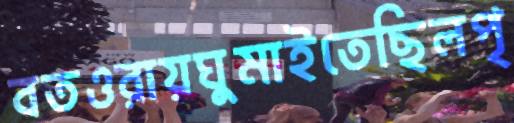
বতওরায়ঘুমাইতেছিলপৃ